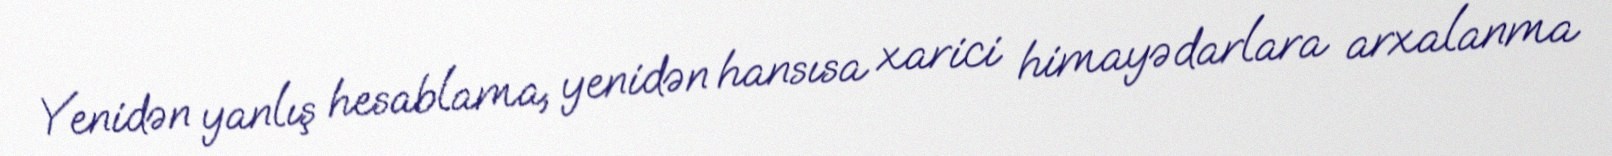
Yenidən yanlış hesablama, yenidən hansısa xarici himayədarlara arxalanma